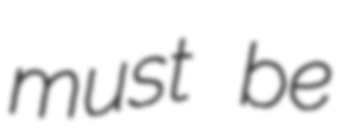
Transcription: must be